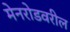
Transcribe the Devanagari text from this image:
मेनरोडवरील